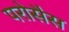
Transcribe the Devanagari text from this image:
परोसैस